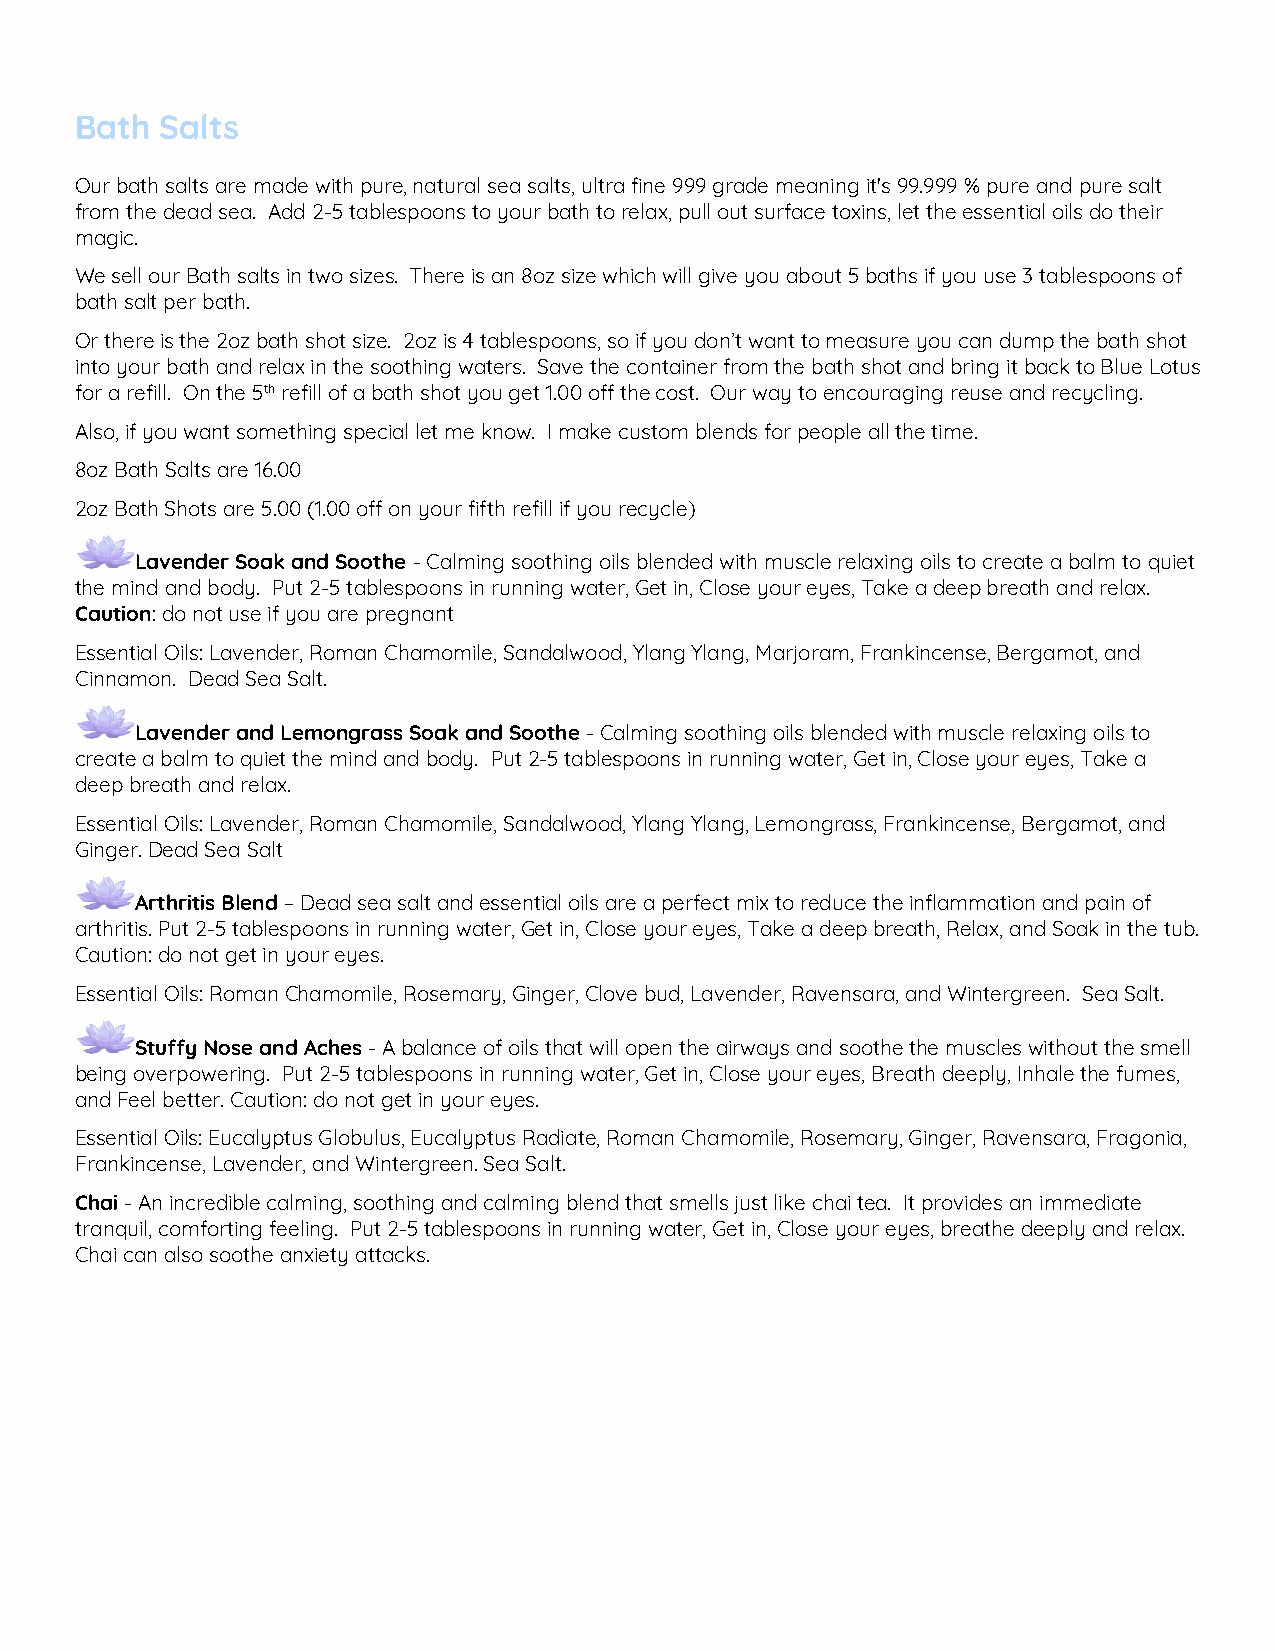
Bath  Salts
 Our bath salts are made with pure, natural sea salts, ultra fine 999 grade meaning it's 99.999 % pure and pure salt
 from the dead sea. Add 2-5 tablespoons to your bath to relax, pull out surface toxins, let the essential oils do their
 magic.
 We sell our Bath salts in two sizes. There is an 8oz size which will give you about 5 baths if you use 3 tablespoons of
 bath salt per bath.
 Or there is the 2oz bath shot size. 2oz is 4 tablespoons, so if you don’t want to measure you can dump the bath shot
 into your bath and relax in the soothing waters. Save the container from the bath shot and bring it back to Blue Lotus
 for a refill. On the 5th refill of a bath shot you get 1.00 off the cost. Our way to encouraging reuse and recycling.
 Also, if you want something special let me know. I make custom blends for people all the time.
 8oz Bath Salts are 16.00
 2oz Bath Shots are 5.00 (1.00 off on your fifth refill if you recycle)
 Lavender Soak and Soothe - Calming soothing oils blended with muscle relaxing oils to create a balm to quiet
 the mind and body. Put 2-5 tablespoons in running water, Get in, Close your eyes, Take a deep breath and relax.
 Caution: do not use if you are pregnant
 Essential Oils: Lavender, Roman Chamomile, Sandalwood, Ylang Ylang, Marjoram, Frankincense, Bergamot, and
 Cinnamon. Dead Sea Salt.
 Lavender and Lemongrass Soak and Soothe - Calming soothing oils blended with muscle relaxing oils to
 create a balm to quiet the mind and body. Put 2-5 tablespoons in running water, Get in, Close your eyes, Take a
 deep breath and relax.
 Essential Oils: Lavender, Roman Chamomile, Sandalwood, Ylang Ylang, Lemongrass, Frankincense, Bergamot, and
 Ginger. Dead Sea Salt
 Arthritis Blend – Dead sea salt and essential oils are a perfect mix to reduce the inflammation and pain of
 arthritis. Put 2-5 tablespoons in running water, Get in, Close your eyes, Take a deep breath, Relax, and Soak in the tub.
 Caution: do not get in your eyes.
 Essential Oils: Roman Chamomile, Rosemary, Ginger, Clove bud, Lavender, Ravensara, and Wintergreen. Sea Salt.
 Stuffy Nose and Aches - A balance of oils that will open the airways and soothe the muscles without the smell
 being overpowering. Put 2-5 tablespoons in running water, Get in, Close your eyes, Breath deeply, Inhale the fumes,
 and Feel better. Caution: do not get in your eyes.
 Essential Oils: Eucalyptus Globulus, Eucalyptus Radiate, Roman Chamomile, Rosemary, Ginger, Ravensara, Fragonia,
 Frankincense, Lavender, and Wintergreen. Sea Salt.
 Chai - An incredible calming, soothing and calming blend that smells just like chai tea. It provides an immediate
 tranquil, comforting feeling. Put 2-5 tablespoons in running water, Get in, Close your eyes, breathe deeply and relax.
 Chai can also soothe anxiety attacks.